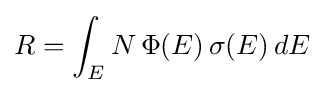
R=\int _{E}N\,\Phi (E)\,\sigma (E)\,dE